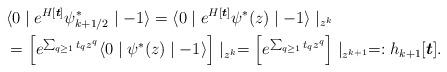
LaTeX: \begin{align*} & \langle 0 \mid e^{H[\boldsymbol{t}]} \psi^\ast_{k+1/2} \mid -1 \rangle = \langle 0 \mid e^{H[\boldsymbol{t}]} \psi^\ast(z) \mid -1 \rangle \mid_{z^{k}} \\& = \left[ e^{\sum_{q \geq 1} t_q z^q} \langle 0 \mid \psi^\ast(z) \mid -1 \rangle \right] \mid_{z^{k}} = \left[ e^{\sum_{q \geq 1} t_q z^q} \right] \mid_{z^{k+1}} =: h_{k+1}[\boldsymbol{t}].\end{align*}